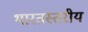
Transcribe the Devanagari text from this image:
भारतस्तरीय